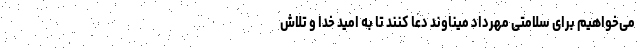
می‌خواهیم برای سلامتی مهرداد میناوند دعا کنند تا به امید خدا و تلاش